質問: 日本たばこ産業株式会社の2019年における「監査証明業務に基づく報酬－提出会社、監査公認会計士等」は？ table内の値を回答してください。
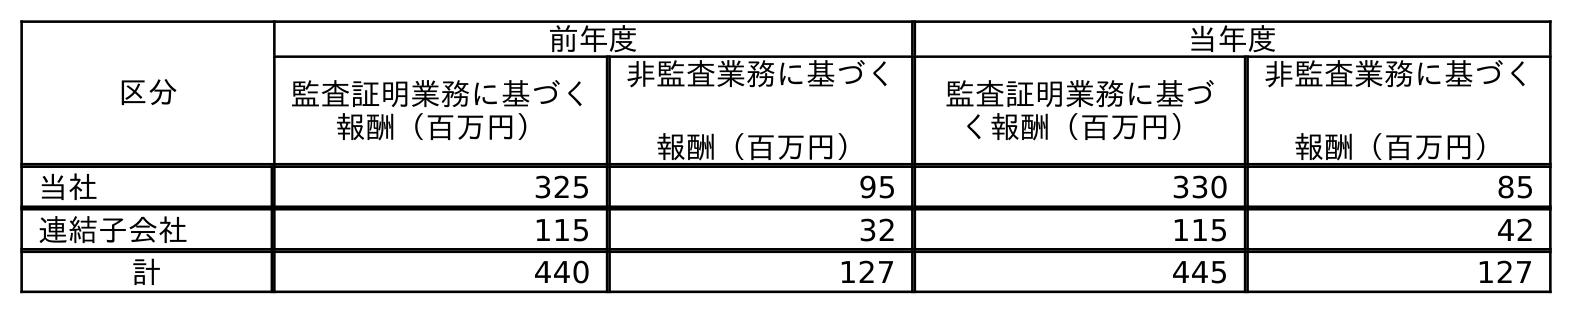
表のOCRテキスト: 区分 前年度 当年度 監査証明業務に基づく 報酬（百万円） 非監査業務に基づく 報酬（百万円） 監査証明業務に基づ く報酬（百万円） 非監査業務に基づく 報酬（百万円） 当社 325 95 330 85 連結子会社 115 32 115 42 計 440 127 445 127
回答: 325